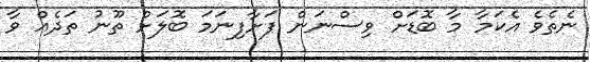
ނެތެވެ އެކަމާ މާ ބޮޑަށް ވިސްނަން ފަށާފިނަމަ ބޮލަށް ތޫނު ތަދެއް ވާ